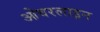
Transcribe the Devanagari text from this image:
ओवरलाइन